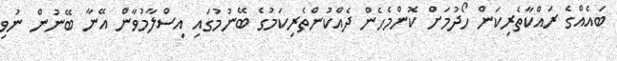
ބައެއްގެ ރައްކާތެރިކަން ހޯދުމަށް ކޮންމެހެން ދެއްކުންތެރިކަމުގެ ބޭނުމުގައި އިސްލާމުވާން އޭނާ ބޭނުން ނުވި